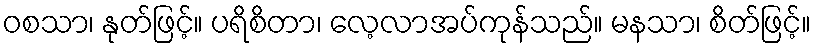
ဝစသာ၊ နုတ်ဖြင့်။ ပရိစိတာ၊ လေ့လာအပ်ကုန်သည်။ မနသာ၊ စိတ်ဖြင့်။